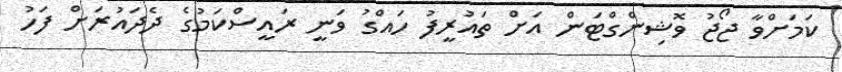
ކަމަށްވާ ޖޯޖު ވޮޝިންގްޓަން އަށް ތައުރީފު ހައްގު ވަނީ ރައީސްކަމުގެ ދެދައުރަށް ފަހު